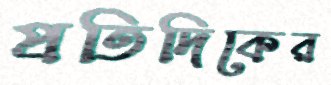
প্রতিদিকের